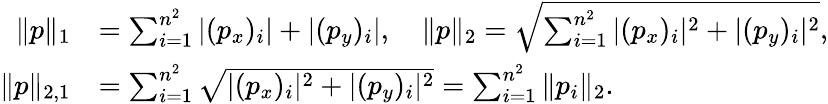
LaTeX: \begin{array}{rl}{\| p\| _{1}}&{=\sum_{i=1}^{n^{2}}|(p_{x})_{i}|+|(p_{y})_{i}|,\quad\| p\| _{2}=\sqrt{\sum_{i=1}^{n^{2}}|(p_{x})_{i}|^{2}+|(p_{y})_{i}|^{2}},}\\ {\| p\| _{2,1}}&{=\sum_{i=1}^{n^{2}}\sqrt{|(p_{x})_{i}|^{2}+|(p_{y})_{i}|^{2}}=\sum_{i=1}^{n^{2}}\| p_{i}\| _{2}.}\end{array}